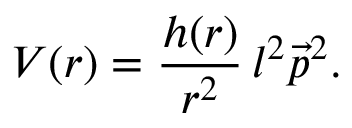
V ( r ) = \frac { h ( r ) } { r ^ { 2 } } \, l ^ { 2 } \vec { p } ^ { 2 } .